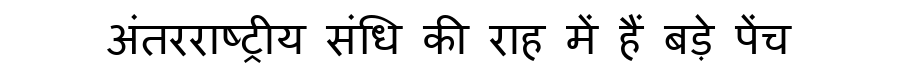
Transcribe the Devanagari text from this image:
अंतरराष्ट्रीय संधि की राह में हैं बड़े पेंच